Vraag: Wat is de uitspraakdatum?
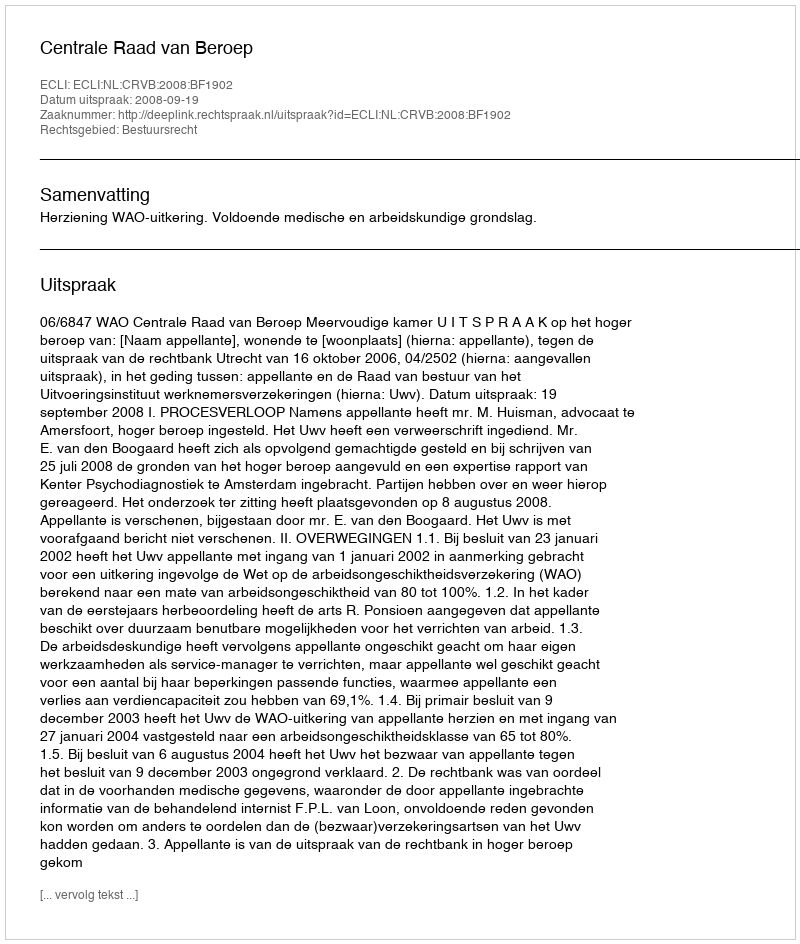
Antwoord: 2008-09-19